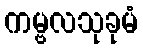
ကမ္ဗလသုခုမံ